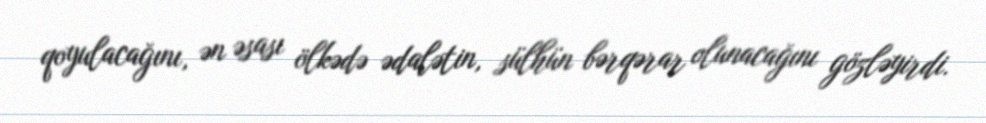
qoyulacağını, ən əsası ölkədə ədalətin, sülhün bərqərar olunacağını gözləyirdi.